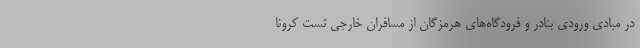
در مبادی ورودی بنادر و فرودگاه‌های هرمزگان از مسافران خارجی تست کرونا